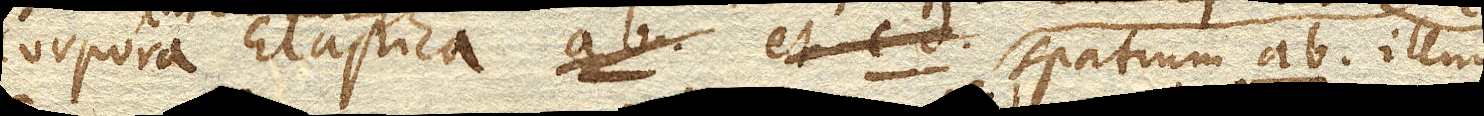
corpora Elastica spatium ab. illud